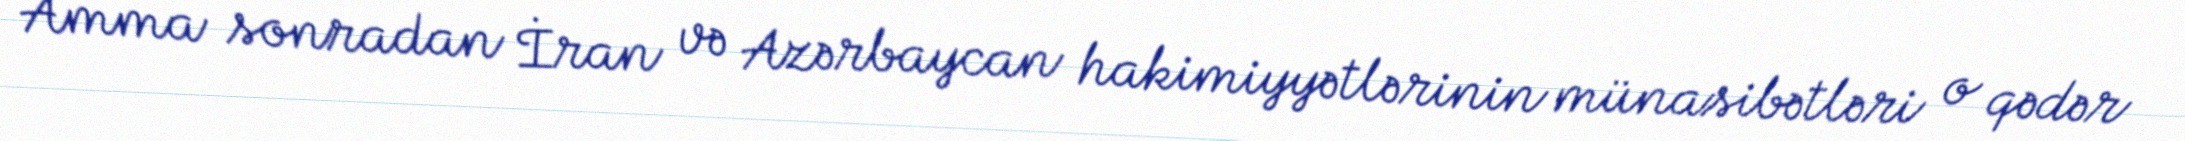
Amma sonradan İran və Azərbaycan hakimiyyətlərinin münasibətləri o qədər